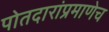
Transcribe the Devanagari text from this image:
पोतदारांप्रमाणेच